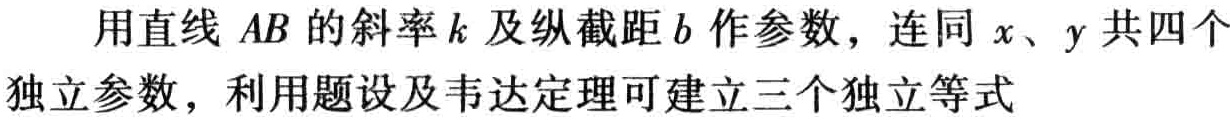
用直线 \(AB\) 的斜率 \(k\) 及纵截距 \(b\) 作参数，连同 \(x\)、\(y\) 共四个独立参数，利用题设及韦达定理可建立三个独立等式